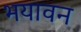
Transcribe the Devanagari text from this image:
भयावन